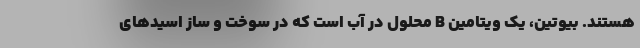
هستند. بیوتین، یک ویتامین B محلول در آب است که در سوخت و ساز اسید‌های